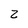
Character: 2